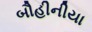
બૌહીનીયા